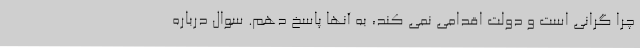
چرا گرانی است و دولت اقدامی نمی کند، به آنها پاسخ دهم. سوال درباره